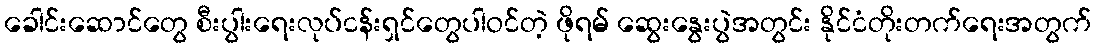
ခေါင်းဆောင်တွေ စီးပွါးရေးလုပ်ငန်းရှင်တွေပါဝင်တဲ့ ဖိုရမ် ဆွေးနွေးပွဲအတွင်း နိုင်ငံတိုးတက်ရေးအတွက်